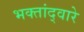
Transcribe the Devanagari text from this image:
भक्तांद्वारे